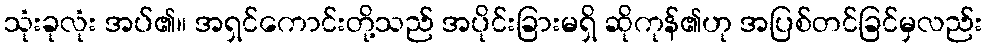
သုံးခုလုံး အပ်၏။ အရှင်ကောင်းတို့သည် အပိုင်းခြားမရှိ ဆိုကုန်၏ဟု အပြစ်တင်ခြင်မှလည်း